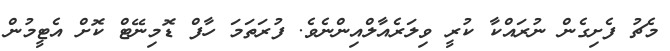
މެޗު ފެށިގެން ނުރައްކާ ކުރީ ވިލަރެއާލްއިންނެވެ. ފުރަތަމަ ހާފް ޑޮމިނޭޓް ކޮށް އެޓީމުން